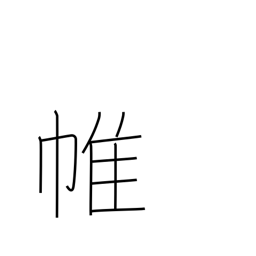
Meaning: curtain